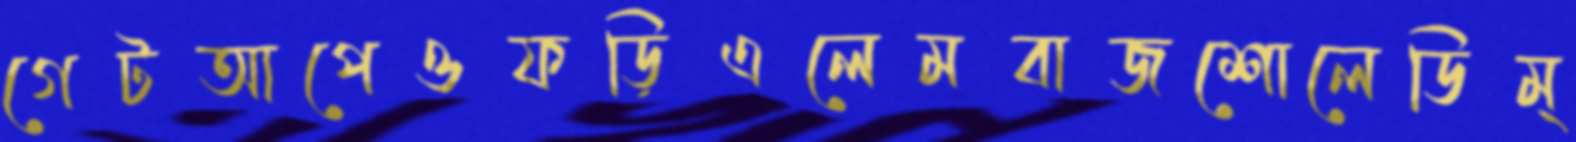
গেটআপেওফড়িএলেমবাজশোলেডিম্